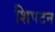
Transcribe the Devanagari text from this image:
शिपटन